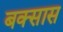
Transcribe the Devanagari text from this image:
बक्सास